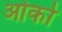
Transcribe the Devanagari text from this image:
ओको